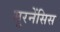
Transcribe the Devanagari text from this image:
मूरनेंसिस